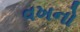
વખનો